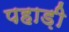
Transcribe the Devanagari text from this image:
पहाड़़ी